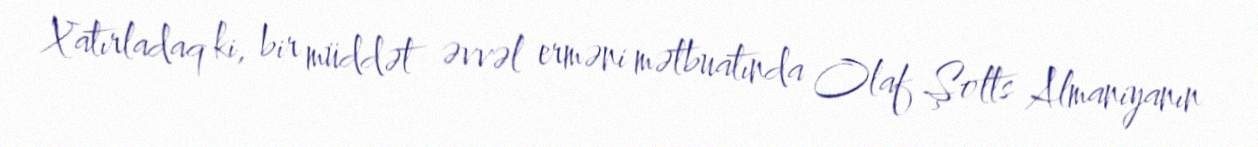
Xatırladaq ki, bir müddət əvvəl erməni mətbuatında Olaf Şolts Almaniyanın